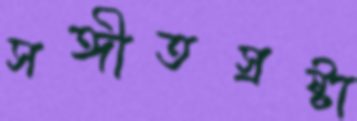
সঙ্গীতস্রষ্টা